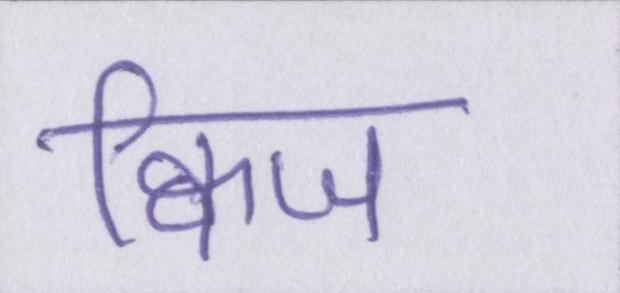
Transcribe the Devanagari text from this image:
क्विज